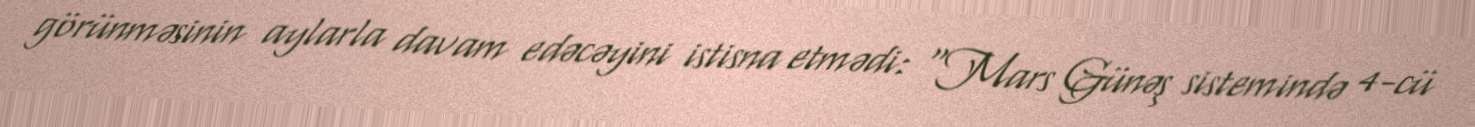
görünməsinin aylarla davam edəcəyini istisna etmədi: “Mars Günəş sistemində 4-cü